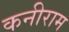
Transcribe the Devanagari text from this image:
कनीराम